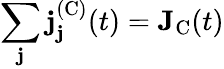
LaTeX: \sum_{\mathbf{j}}\mathbf{{\mathbf{j}}}_{\mathbf{j}}^{(\textrm{{C}})}(t)=\mathbf{{J}}_{\textrm{{C}}}(t)